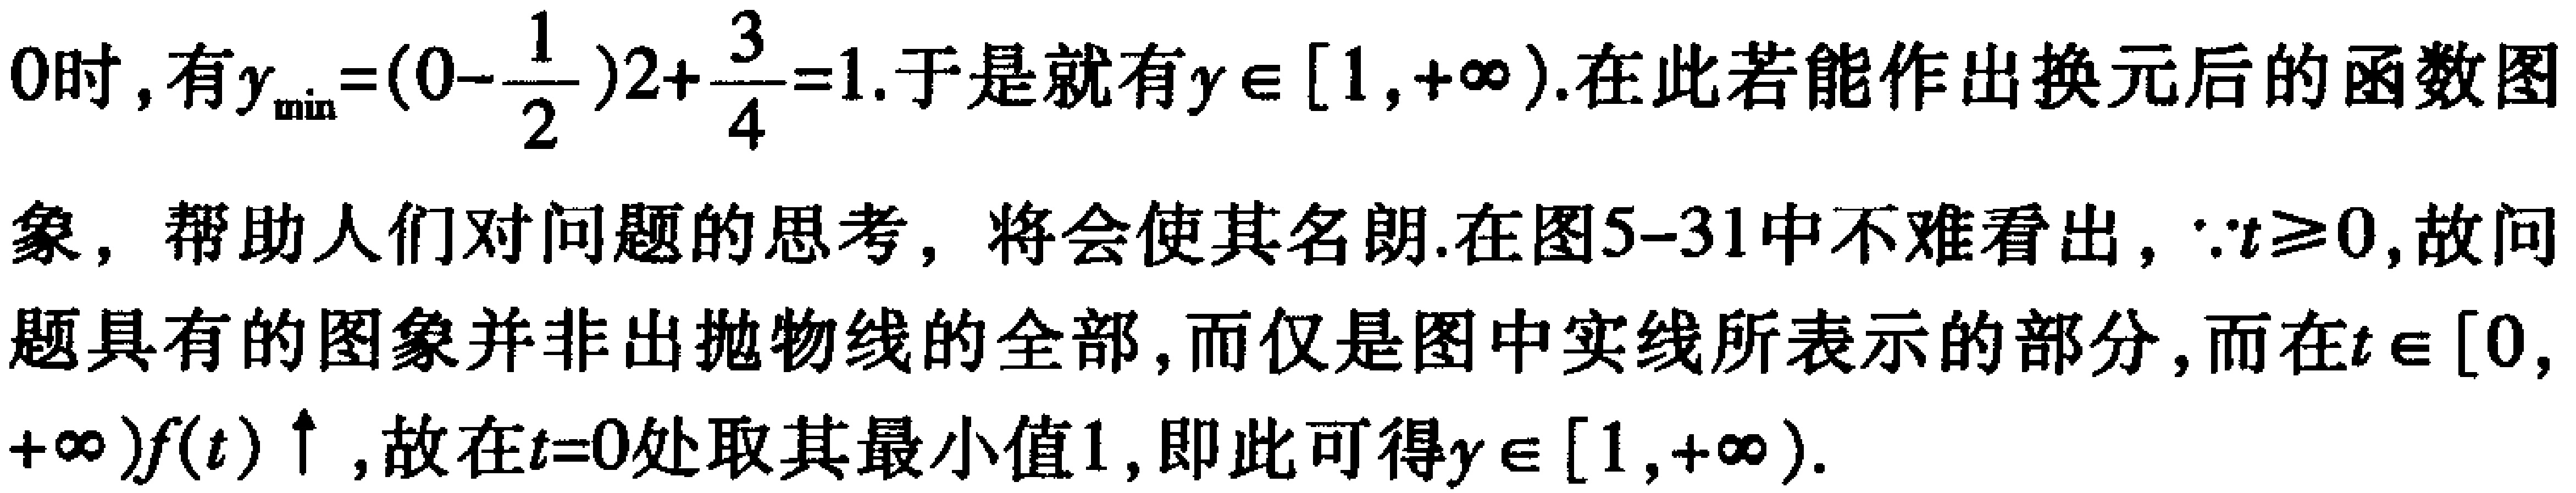
0时, 有$y_{\min}=(0 - \frac{1}{2})2+\frac{3}{4}=1$. 于是就有$y\in[1, +\infty)$. 在此若能作出换元后的函数图
象, 帮助人们对问题的思考, 将会使其名朗. 在图5-31中不难看出, $\because t\geq0$, 故问
题具有的图象并非出抛物线的全部, 而仅是图中实线所表示的部分, 而在$t\in[0,$
$+\infty)f(t)\uparrow$, 故在$t = 0$处取其最小值1, 即此可得$y\in[1, +\infty)$.